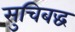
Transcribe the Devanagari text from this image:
सुचिबद्ध